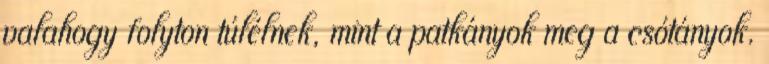
valahogy folyton túlélnek, mint a patkányok meg a csótányok.